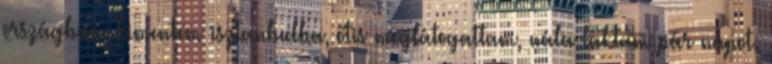
országban. kimentem isztanbulba, őtis meglátogattam, nála laktam pár napot.